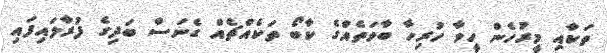
ތަކާއި މީރުހެން ހީވާ ހުރިހާ ބާވަތެއްގެ ކާބޯ ތަކެއްޗެއް ގެނަސް ބަދިގެ ފުރާލައިފައި